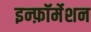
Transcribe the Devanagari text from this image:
इन्फ़ॉर्मेशन